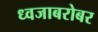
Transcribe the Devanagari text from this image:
ध्वजाबरोबर